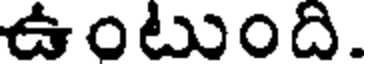
ఉంటుంది.